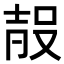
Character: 𭮰